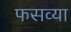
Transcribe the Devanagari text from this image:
फसव्या